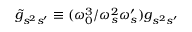
\tilde { g } _ { s ^ { 2 } s ^ { \prime } } \equiv ( \omega _ { 0 } ^ { 3 } / \omega _ { s } ^ { 2 } \omega _ { s } ^ { \prime } ) g _ { s ^ { 2 } s ^ { \prime } }